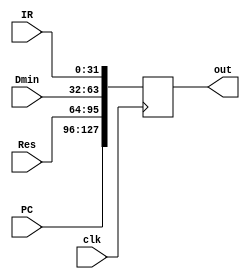
module ex_mem_reg(clk,PC,Res,Dmin,IR,out);

input wire clk;
input wire[31:0] PC,Res,Dmin,IR;
output reg[127:0] out;

initial begin
    out <= 128'd0;
end

always@(negedge clk)begin
    out <= {PC,Res,Dmin,IR};
end

endmodule